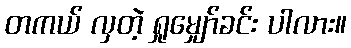
တကယ် လှတဲ့ ရှုမျှော်ခင်း ပါလား။